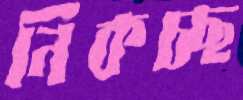
নিকচ্ছ